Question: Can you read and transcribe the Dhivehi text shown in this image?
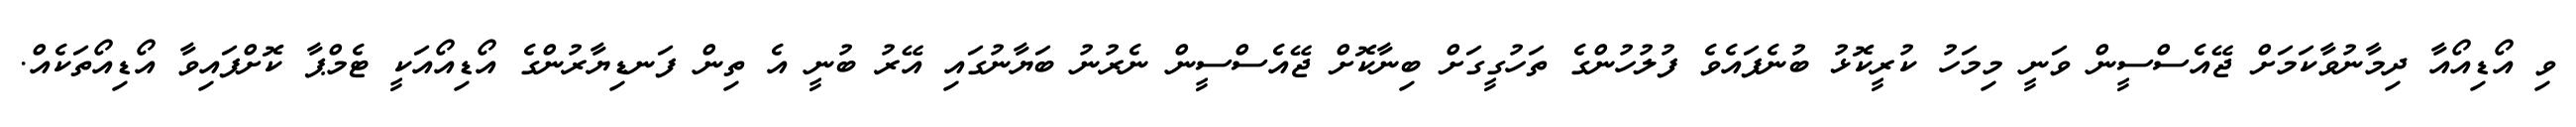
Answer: ވި އޯޑިއޯއާ ދިމާނުވާކަމަށް ޖޭއެސްސީން ވަނީ މިމަހު ކުރީކޮޅު ބުނެފައެވެ ފުލުހުންގެ ތަހުގީގަށް ބިނާކޮށް ޖޭއެސްސީން ނެރުނު ބަޔާނުގައި އޭރު ބުނީ އެ ތިން ފަނޑިޔާރުންގެ އޯޑިއޯއަކީ ޓެމްޕާ ކޮށްފައިވާ އޯޑިއޯތަކެއް.